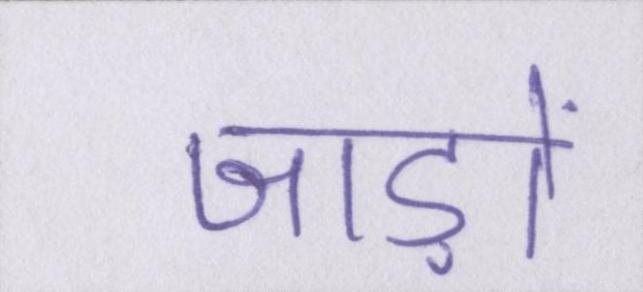
जाड़ों